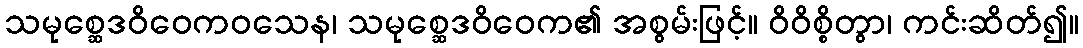
သမုစ္ဆေဒဝိဝေကဝသေန၊ သမုစ္ဆေဒဝိဝေက၏ အစွမ်းဖြင့်။ ဝိဝိစ္စိတွာ၊ ကင်းဆိတ်၍။